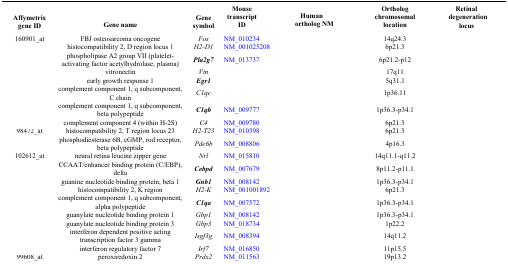
<table><thead><tr><td><b>Affymetrix gene ID</b></td><td><b>Gene name</b></td><td><b>Gene symbol</b></td><td><b>Mouse transcript ID</b></td><td><b>Human ortholog NM</b></td><td><b>Ortholog chromosomal location</b></td><td><b>Retinal degeneration locus</b></td></tr></thead><tbody><tr><td>160901_at</td><td>FBJ osteosarcoma oncogene</td><td><i>Fos</i></td><td>NM_010234</td><td>[EMPTY_CELL]</td><td>14q24.3</td><td>[EMPTY_CELL]</td></tr><tr><td>[EMPTY_CELL]</td><td>histocompatibility 2, D region locus 1</td><td><i>H2-D1</i></td><td>NM_001025208</td><td>[EMPTY_CELL]</td><td>6p21.3</td><td>[EMPTY_CELL]</td></tr><tr><td>[EMPTY_CELL]</td><td>phospholipase A2 group VII (platelet-activating factor acetylhydrolase, plasma)</td><td><b><i>Pla2g7</i></b></td><td>NM_013737</td><td>[EMPTY_CELL]</td><td>6p21.2-p12</td><td>[EMPTY_CELL]</td></tr><tr><td>[EMPTY_CELL]</td><td>vitronectin</td><td><i>Vtn</i></td><td>[EMPTY_CELL]</td><td>[EMPTY_CELL]</td><td>17q11</td><td>[EMPTY_CELL]</td></tr><tr><td>[EMPTY_CELL]</td><td>early growth response 1</td><td><b><i>Egr1</i></b></td><td>[EMPTY_CELL]</td><td>[EMPTY_CELL]</td><td>5q31.1</td><td>[EMPTY_CELL]</td></tr><tr><td>[EMPTY_CELL]</td><td>complement component 1, q subcomponent, C chain</td><td><i>C1qc</i></td><td>[EMPTY_CELL]</td><td>[EMPTY_CELL]</td><td>1p36.11</td><td>[EMPTY_CELL]</td></tr><tr><td>[EMPTY_CELL]</td><td>complement component 1, q subcomponent, beta polypeptide</td><td><b><i>C1qb</i></b></td><td>NM_009777</td><td>[EMPTY_CELL]</td><td>1p36.3-p34.1</td><td>[EMPTY_CELL]</td></tr><tr><td>[EMPTY_CELL]</td><td>complement component 4 (within H-2S)</td><td><i>C4</i></td><td>NM_009780</td><td>[EMPTY_CELL]</td><td>6p21.3</td><td>[EMPTY_CELL]</td></tr><tr><td>98472_at</td><td>histocompatibility 2, T region locus 23</td><td><i>H2-T23</i></td><td>NM_010398</td><td>[EMPTY_CELL]</td><td>6p21.3</td><td>[EMPTY_CELL]</td></tr><tr><td>[EMPTY_CELL]</td><td>phosphodiesterase 6B, cGMP, rod receptor, beta polypeptide</td><td><i>Pde6b</i></td><td>NM_008806</td><td>[EMPTY_CELL]</td><td>4p16.3</td><td>[EMPTY_CELL]</td></tr><tr><td>102612_at</td><td>neural retina leucine zipper gene</td><td><i>Nrl</i></td><td>NM_015810</td><td>[EMPTY_CELL]</td><td>14q11.1-q11.2</td><td>[EMPTY_CELL]</td></tr><tr><td>[EMPTY_CELL]</td><td>CCAAT/enhancer binding protein (C/EBP), delta</td><td><b><i>Cebpd</i></b></td><td>NM_007679</td><td>[EMPTY_CELL]</td><td>8p11.2-p11.1</td><td>[EMPTY_CELL]</td></tr><tr><td>[EMPTY_CELL]</td><td>guanine nucleotide binding protein, beta 1</td><td><b><i>Gnb1</i></b></td><td>NM_008142</td><td>[EMPTY_CELL]</td><td>1p36.3-p34.1</td><td>[EMPTY_CELL]</td></tr><tr><td>[EMPTY_CELL]</td><td>histocompatibility 2, K region</td><td><i>H2-K</i></td><td>NM_001001892</td><td>[EMPTY_CELL]</td><td>6p21.3</td><td>[EMPTY_CELL]</td></tr><tr><td>[EMPTY_CELL]</td><td>complement component 1, q subcomponent, alpha polypeptide</td><td><b><i>C1qa</i></b></td><td>NM_007572</td><td>[EMPTY_CELL]</td><td>1p36.3-p34.1</td><td>[EMPTY_CELL]</td></tr><tr><td>[EMPTY_CELL]</td><td>guanylate nucleotide binding protein 1</td><td><i>Gbp1</i></td><td>NM_008142</td><td>[EMPTY_CELL]</td><td>1p36.3-p34.1</td><td>[EMPTY_CELL]</td></tr><tr><td>[EMPTY_CELL]</td><td>guanylate nucleotide binding protein 3</td><td><i>Gbp3</i></td><td>NM_018734</td><td>[EMPTY_CELL]</td><td>1p22.2</td><td>[EMPTY_CELL]</td></tr><tr><td>[EMPTY_CELL]</td><td>interferon dependent positive acting transcription factor 3 gamma</td><td><i>Isgf3g</i></td><td>NM_008394</td><td>[EMPTY_CELL]</td><td>14q11.2</td><td>[EMPTY_CELL]</td></tr><tr><td>[EMPTY_CELL]</td><td>interferon regulatory factor 7</td><td><i>Irf7</i></td><td>NM_016850</td><td>[EMPTY_CELL]</td><td>11p15.5</td><td>[EMPTY_CELL]</td></tr><tr><td>99608_at</td><td>peroxiredoxin 2</td><td><i>Prdx2</i></td><td>NM_011563</td><td>[EMPTY_CELL]</td><td>19p13.2</td><td>[EMPTY_CELL]</td></tr></tbody></table>